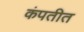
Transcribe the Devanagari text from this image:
कंपतीत